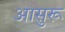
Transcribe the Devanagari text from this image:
आसुरू